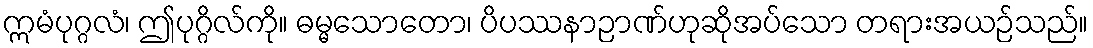
ဣမံပုဂ္ဂလံ၊ ဤပုဂ္ဂိလ်ကို။ ဓမ္မသောတော၊ ပိပဿနာဉာဏ်ဟုဆိုအပ်သော တရားအယဉ်သည်။